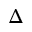
\Delta